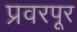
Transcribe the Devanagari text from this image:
प्रवरपूर